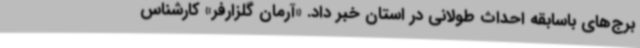
برج‌های باسابقه احداث طولانی در استان خبر داد. «آرمان گلزارفر» کارشناس